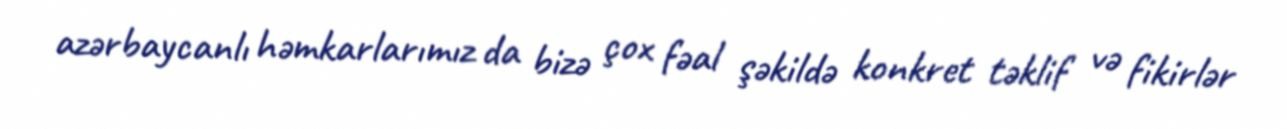
azərbaycanlı həmkarlarımız da bizə çox fəal şəkildə konkret təklif və fikirlər